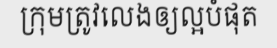
ក្រុមត្រូវលេងឲ្យល្អបំផុត